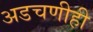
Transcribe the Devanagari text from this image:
अडचणीही